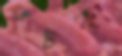
ঝটকা